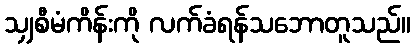
သျှစီမံကိန်းကို လက်ခံရန်သဘောတူသည်။